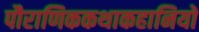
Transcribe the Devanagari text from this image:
पौराणिककथाकहानियों